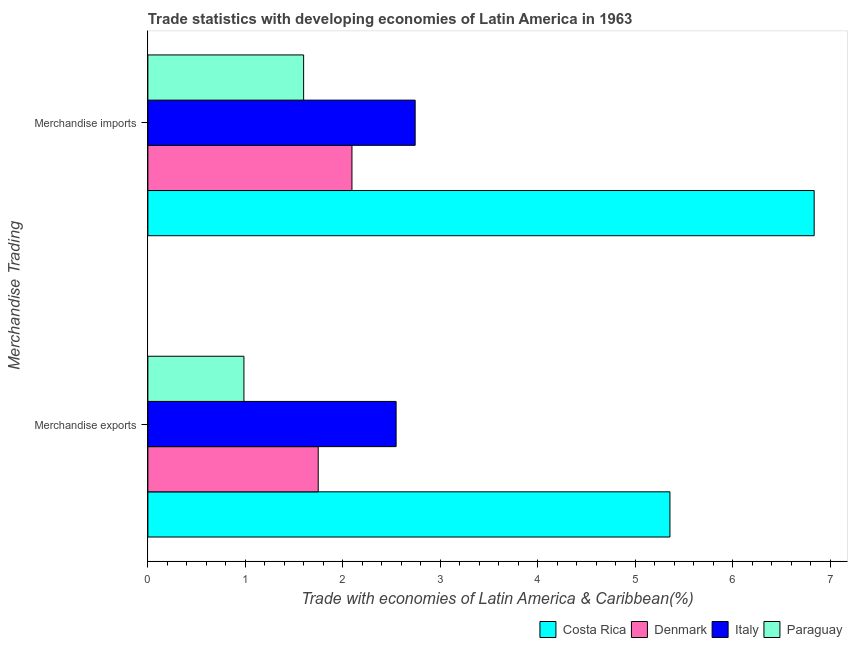
| Merchandise Trading | Costa Rica | Denmark | Italy | Paraguay |
 | --- | --- | --- | --- | --- |
 | Merchandise exports | 5.36 | 1.75 | 2.55 | 0.985 |
 | Merchandise imports | 6.83 | 2.09 | 2.74 | 1.6 |